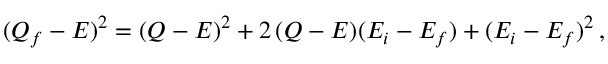
( Q _ { f } - E ) ^ { 2 } = ( Q - E ) ^ { 2 } + 2 \, ( Q - E ) ( E _ { i } - E _ { f } ) + ( E _ { i } - E _ { f } ) ^ { 2 } \, ,